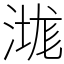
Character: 㴳